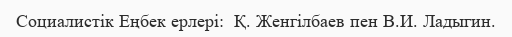
Социалистік Еңбек ерлері:  Қ. Женгілбаев пен В.И. Ладыгин.